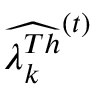
\widehat { \lambda _ { k } ^ { T h } } ^ { ( t ) }